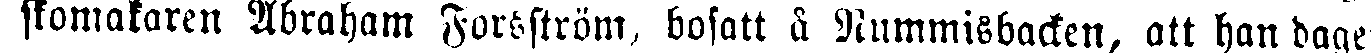
skomakaren Abraham Forsström, bosatt å Nummisbacken, att han dage